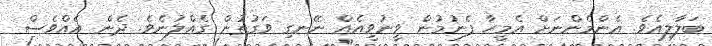
ބަލާލިއެވެ. އެންމެންނަށް އެމީހާ ފެނުމުން ވީނުވީއެއް ނޭނގި ވަގުތުން ގެއްލުނެވެ. ދެން އެއްވެސް